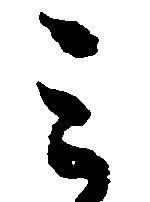
ミ